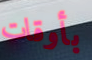
بأوقات